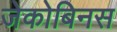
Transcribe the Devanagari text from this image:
जेकोबिनस